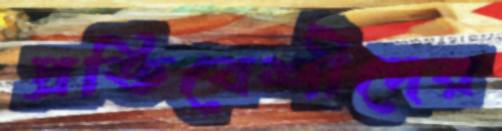
প্রতিবেশীদের